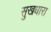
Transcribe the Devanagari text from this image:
सुखधारा